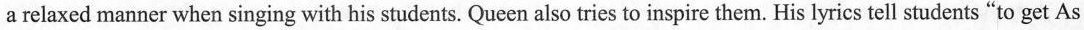
a relaxed manner when singing with his students. Queen also tries to inspire them. His lyrics tell students "to get As